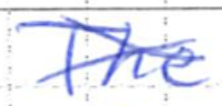
Text: The
Cross-out: cross
Writing tool: ballpoint